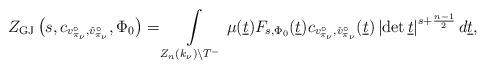
\begin{align*}Z_{\mathrm{GJ}}\left(s,c_{v_{\pi_{\nu}}^\circ,\check{v}_{\pi_{\nu}}^{\circ}},\Phi_0\right)=\int\limits_{Z_n(k_\nu)\backslash T^-}\mu(\underline{t})F_{s,\Phi_0}(\underline{t})c_{v_{\pi_{\nu}}^\circ,\check{v}_{\pi_{\nu}}^{\circ}}(\underline{t})\left|\det \underline{t}\right|^{s+\frac{n-1}{2}}d\underline{t},\end{align*}